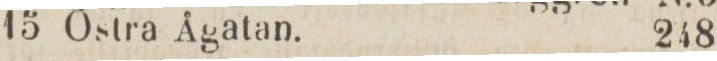
15 Östra Ågatan.    248